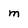
Character: m